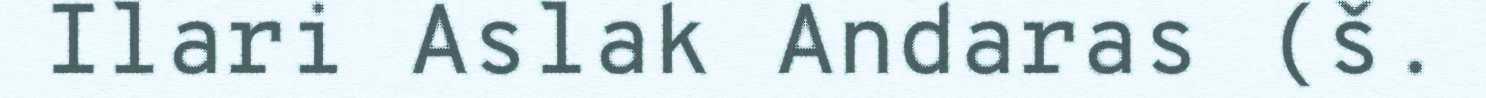
Ilari Aslak Andaras (š.